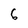
Character: 6